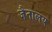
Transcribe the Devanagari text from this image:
जैनालय